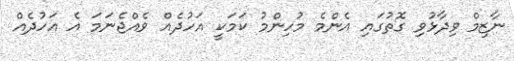
ނާޒިމް ވިދާޅުވި ގޮތުގައި އެންމެ މުހިންމު ކަމަކީ އަހުދެއް ވެއްޖެނަމަ އެ އަހުދެއް